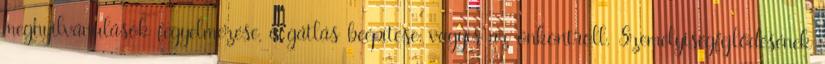
megnyilvánulások fegyelmezése, a gátlás beépítése, vagyis az önkontroll. Személyiségfejlődésének